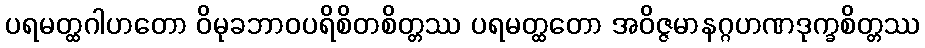
ပရမတ္ထဂါဟတော ဝိမုခဘာဝပရိစိတစိတ္တဿ ပရမတ္ထတော အဝိဇ္ဇမာနဂ္ဂဟဏဒုက္ခစိတ္တဿ